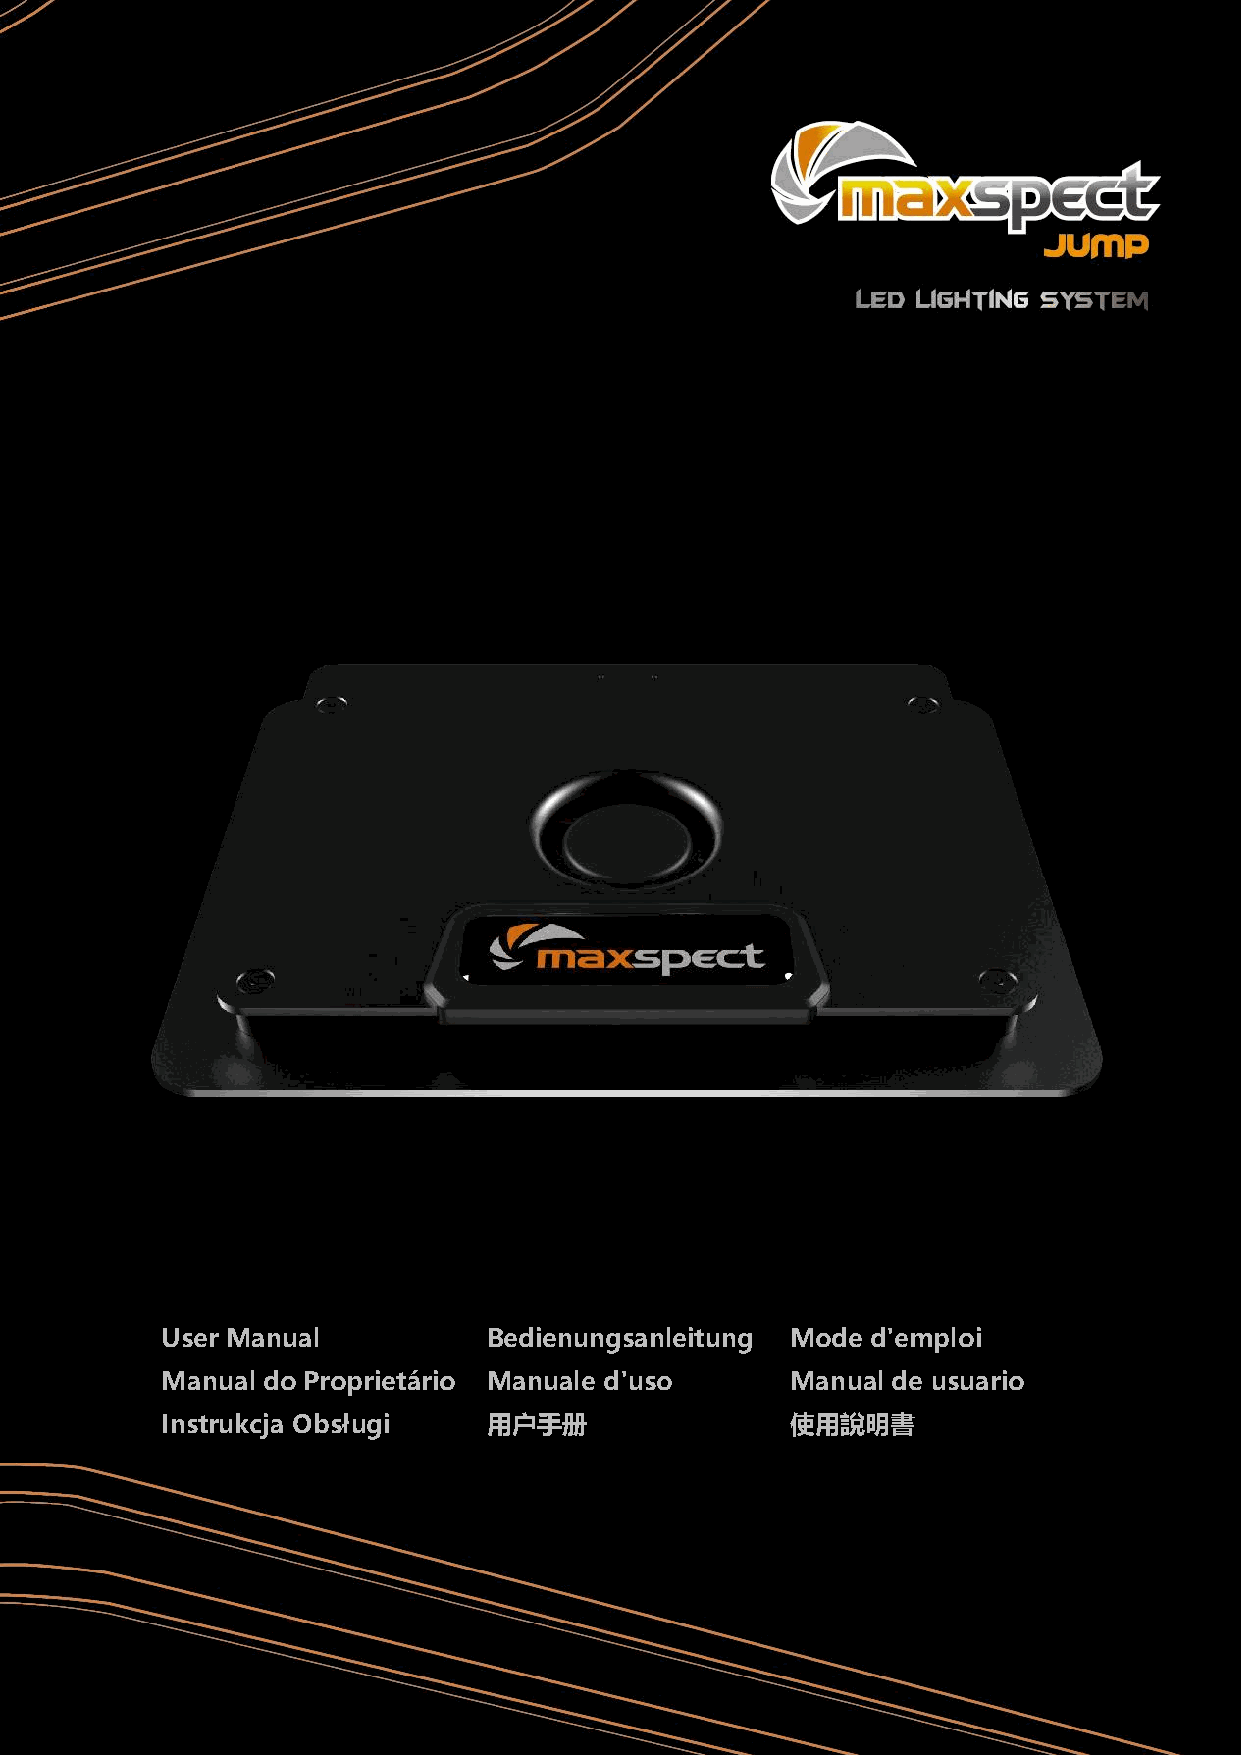
User Manual          Bedienungsanleitung Mode  d'emploi
 Manual do Proprietário Manuale d'uso     Manual de usuario
 Instrukcja Obsługi   用户手册                使用說明書